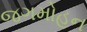
જગમોહન